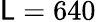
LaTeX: \mathsf{L}=640